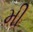
મી